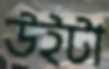
উইটা